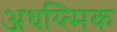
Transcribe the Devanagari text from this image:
अधय्त्मिक